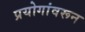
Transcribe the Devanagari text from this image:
प्रयोगांवरून